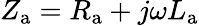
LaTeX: Z_{\mathrm{a}}=R_{\mathrm{a}}+j\omega L_{\mathrm{a}}